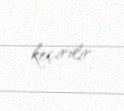
keçirilir.